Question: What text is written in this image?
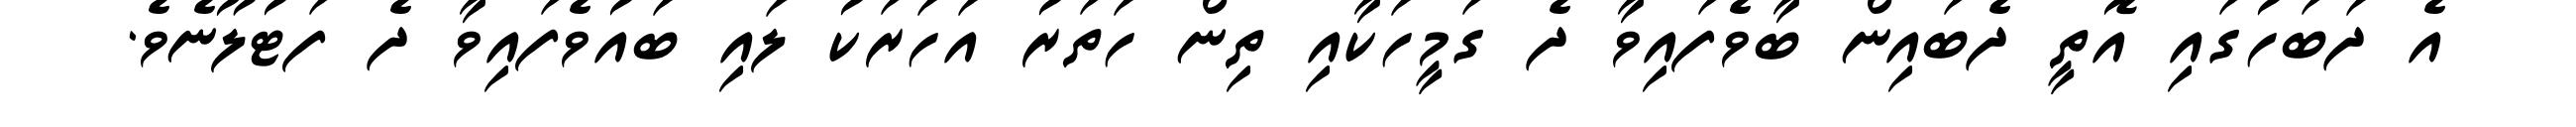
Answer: އެ ދަބަހުގައި އޮތީ ދެބައިން ބާވެފައިވާ ދެ ގަމީހަކާއި ތިން ހަތަރު އަހަރަކު ލައި ބައުވެފައިވާ ދެ ފަޓުލޫނެވެ.